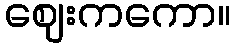
ဈေးကကော။